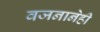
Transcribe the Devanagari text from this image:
वजनानेही